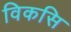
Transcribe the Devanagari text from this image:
विकसि